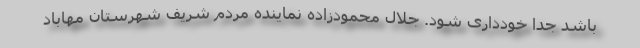
باشد جداً خودداری شود. جلال محمودزاده نماینده مردم شریف شهرستان مهاباد